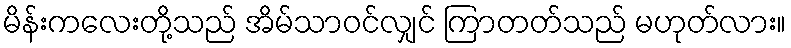
မိန်းကလေးတို့သည် အိမ်သာဝင်လျှင် ကြာတတ်သည် မဟုတ်လား။